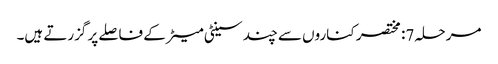
مرحلہ 7: مختصر کناروں سے چند سینٹی میٹر کے فاصلے پر گزرتے ہیں۔